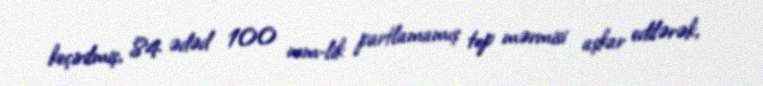
keçirilmiş, 84 ədəd 100 mm-lik partlamamış top mərmisi aşkar edilərək,